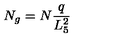
N _ { g } = N { \frac { q } { L _ { 5 } ^ { 2 } } }